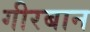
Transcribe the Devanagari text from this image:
गीरबान